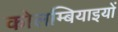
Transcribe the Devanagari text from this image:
कोलम्बियाइयों